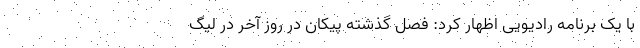
با یک برنامه رادیویی اظهار کرد: فصل گذشته پیکان در روز آخر در لیگ